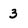
Character: 3